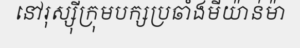
នៅរុស្ស៊ីក្រុមបក្សប្រឆាំងមីយ៉ាន់ម៉ា